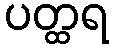
ပတ္ထရ